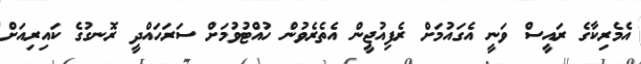
އެމެރިކާގެ ރައީސް ވަނީ އެގައުމަށް ރެފިއުޖީން އެތެރެވުން ހުއްޓުވުމަށް ސަރަހައްދީ ރޮނގުގެ ކައިރިއަށް